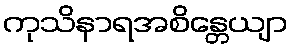
ကုသိနာရအစိန္တေယျာ